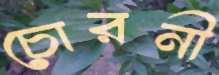
চোরনী